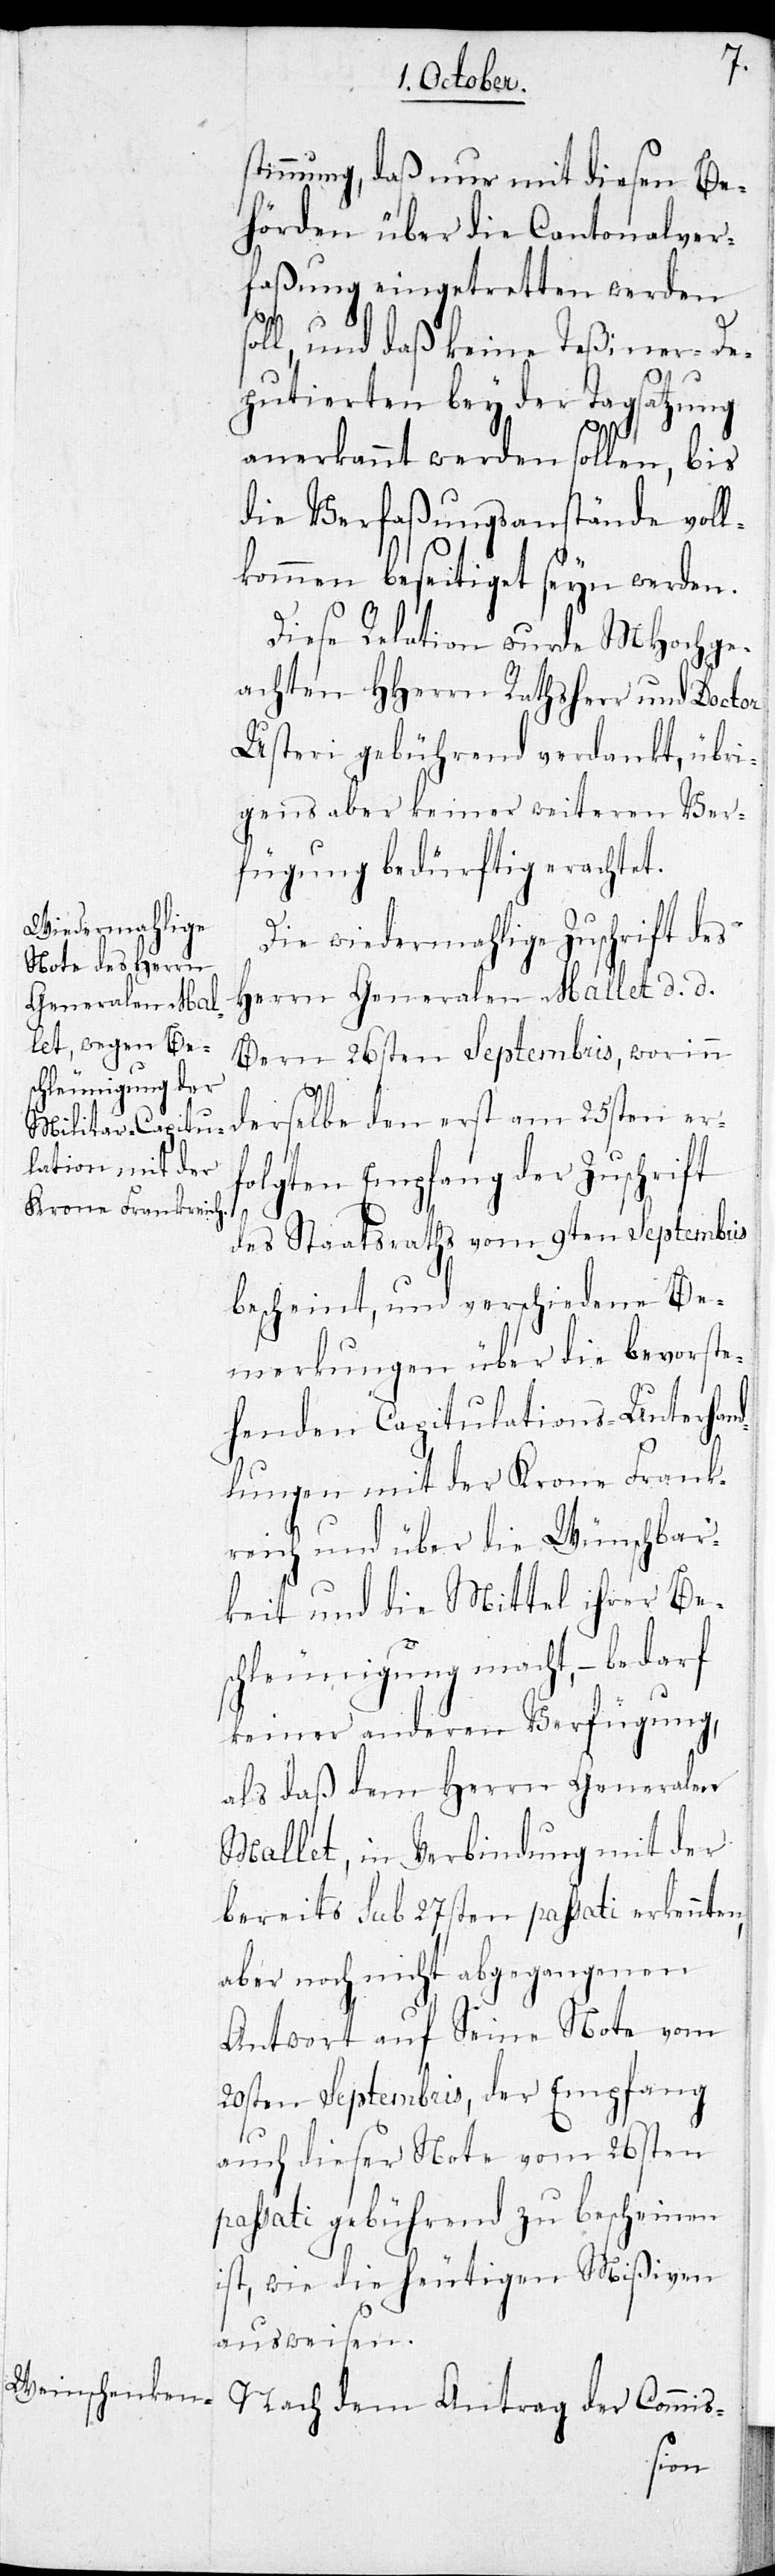
stimmung, daß nur mit diesen Be¬
hörden über die Cantonalver¬
faßung eingetretten werden
oll, und daß keine Teßiner-De¬
s¬
putierten bey der Tagsatzung
anerkannt werden sollen, bis
die Verfaßungsanstände voll¬
kommen beseitiget seyn werden.
Diese Relation wurde MHochge¬
achten HHerrn Rathsherr und Doctor
Usteri gebührend verdankt, übri¬
gens aber keiner weiteren Ver¬
fügung bedürftig erachtet.
Die wiedermahlige Zuschrift des
Herrn Generalen Mallet d. d.
Bern 26sten Septembris, worinn
derselbe den erst am 25sten er¬
folgten Empfang der Zuschrift
des Staatsraths vom 9ten Septembris
bescheint, und verschiedene Be¬
merkungen über die bevorste¬
henden Capitulations-Unterhan¬
dlungen mit der Krone Frank¬
reich und über die Wünschbar¬
keit und die Mittel ihrer Be¬
schleunigung macht, – bedarf
keiner anderen Verfügung,
als daß dem Herrn Generalen
Mallet, in Verbindung mit der
bereits sub 27sten passati erkannten,
aber noch nicht abgegangenen
Antwort auf Seine Note vom
20sten Septembris, der Empfang
auch dieser Note vom 26sten
passati gebührend zu bescheinen
ist, wie die heutigen Mißiven
ausweisen.
Nach dem Antrag der Commis-